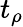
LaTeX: t_{\rho}